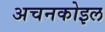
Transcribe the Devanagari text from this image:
अचनकोइल